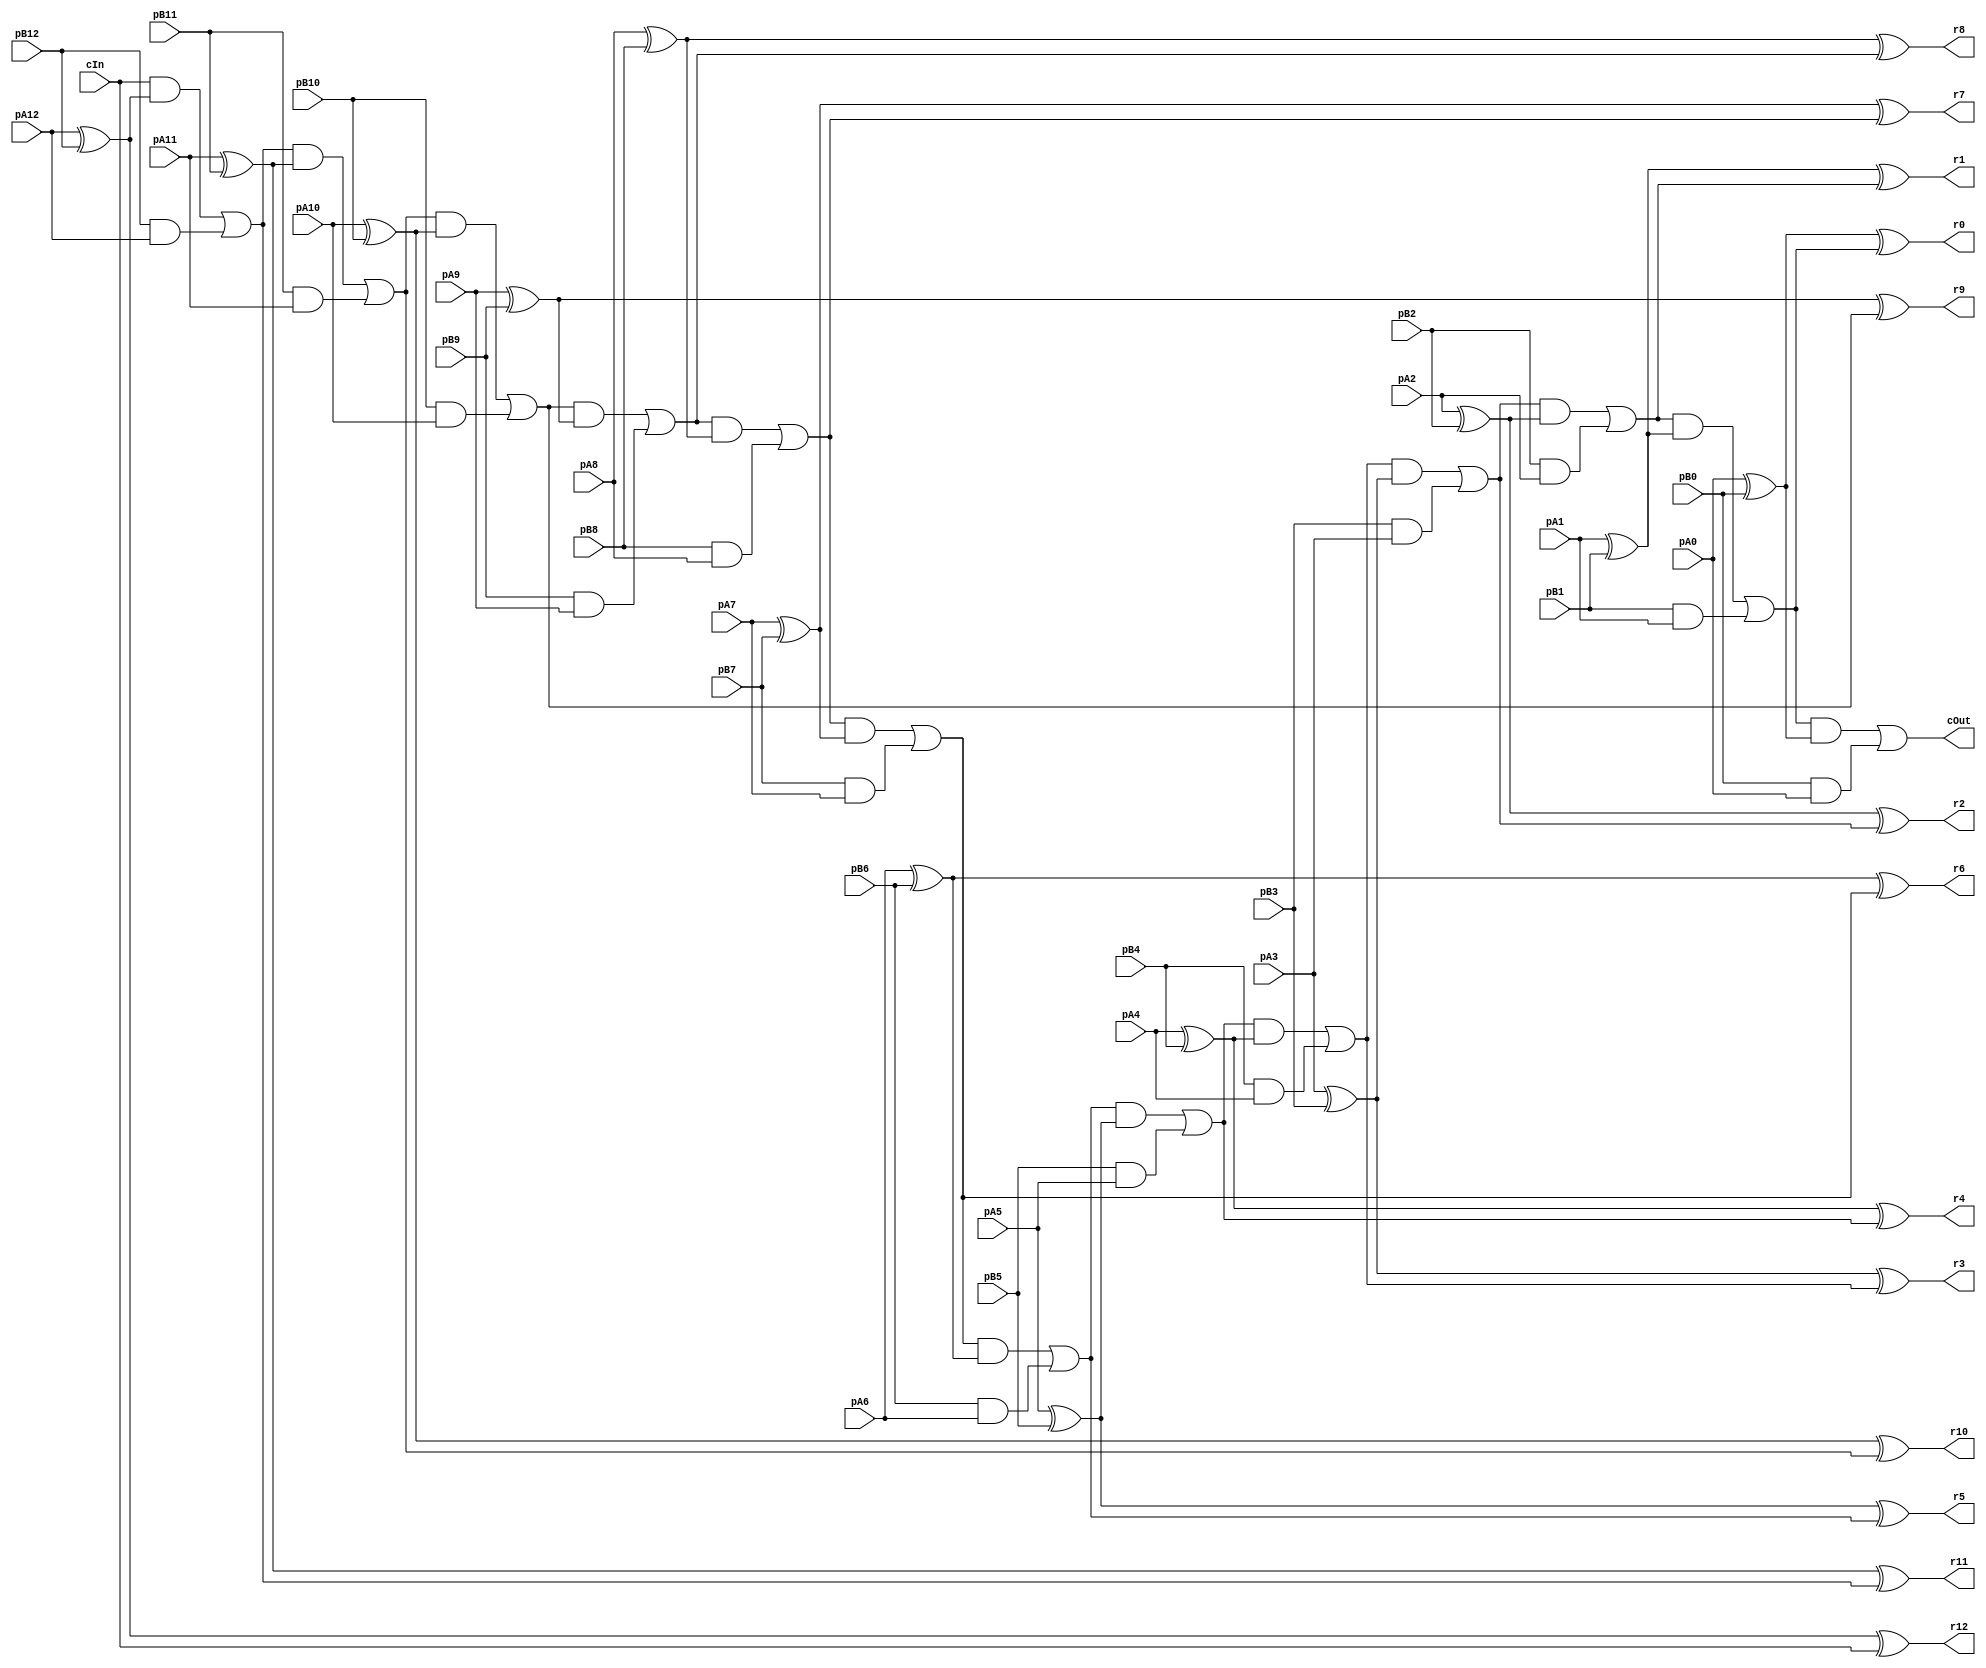
module CRippleCarryAdder_13_13_13_InOutT(pA12,pA11,pA10,pA9,pA8,pA7,pA6,pA5,pA4,pA3,pA2,pA1,pA0, pB12,pB11,pB10,pB9,pB8,pB7,pB6,pB5,pB4,pB3,pB2,pB1,pB0, r12,r11,r10,r9,r8,r7,r6,r5,r4,r3,r2,r1,r0, cIn, cOut);

input pA12,pA11,pA10,pA9,pA8,pA7,pA6,pA5,pA4,pA3,pA2,pA1,pA0, pB12,pB11,pB10,pB9,pB8,pB7,pB6,pB5,pB4,pB3,pB2,pB1,pB0, cIn;
output r12,r11,r10,r9,r8,r7,r6,r5,r4,r3,r2,r1,r0, cOut;
wire w1, w2, w3, w4, w5, w6, w7, w8, w9, w10, w11, w12, w13, w14, w15, w16, w17, w18, w19, w20, w21, w22, w23, w24, w25, w26, w27, w28, w29, w30, w31, w32, w33, w34, w35, w36, w37, w38, w39, w40, w41, w42, w43, w44, w45, w46, w47, w48, w49, w50, w51, w52, w53, w54, w55, w56, w57, w58, w59, w60, w61, w62, w63, w64, w65, w66, w67, w68, w69, w70, w71, w72, w73, w74, w75, w76, w77, w78, w79, w80, w81, w82, w83, w84, w85, w86, w87, w88, w89, w90, w91, w92, w93;

assign w1 = pA12;
assign w2 = pA11;
assign w3 = pA10;
assign w4 = pA9;
assign w5 = pA8;
assign w6 = pA7;
assign w7 = pA6;
assign w8 = pA5;
assign w9 = pA4;
assign w10 = pA3;
assign w11 = pA2;
assign w12 = pA1;
assign w13 = pA0;
assign w14 = pB12;
assign w15 = pB11;
assign w16 = pB10;
assign w17 = pB9;
assign w18 = pB8;
assign w19 = pB7;
assign w20 = pB6;
assign w21 = pB5;
assign w22 = pB4;
assign w23 = pB3;
assign w24 = pB2;
assign w25 = pB1;
assign w26 = pB0;
assign r12 = w27;
assign r11 = w28;
assign r10 = w29;
assign r9 = w30;
assign r8 = w31;
assign r7 = w32;
assign r6 = w33;
assign r5 = w34;
assign r4 = w35;
assign r3 = w36;
assign r2 = w37;
assign r1 = w38;
assign r0 = w39;
assign w41 = cIn;
assign cOut = w40;

assign w44 = w1 ^ w14;
assign w27 = w44 ^ w41;
assign w45 = w41 & w44;
assign w46 = w14 & w1;
assign w43 = w45 | w46;
assign w48 = w2 ^ w15;
assign w28 = w48 ^ w43;
assign w49 = w43 & w48;
assign w50 = w15 & w2;
assign w47 = w49 | w50;
assign w52 = w3 ^ w16;
assign w29 = w52 ^ w47;
assign w53 = w47 & w52;
assign w54 = w16 & w3;
assign w51 = w53 | w54;
assign w56 = w4 ^ w17;
assign w30 = w56 ^ w51;
assign w57 = w51 & w56;
assign w58 = w17 & w4;
assign w55 = w57 | w58;
assign w60 = w5 ^ w18;
assign w31 = w60 ^ w55;
assign w61 = w55 & w60;
assign w62 = w18 & w5;
assign w59 = w61 | w62;
assign w64 = w6 ^ w19;
assign w32 = w64 ^ w59;
assign w65 = w59 & w64;
assign w66 = w19 & w6;
assign w63 = w65 | w66;
assign w68 = w7 ^ w20;
assign w33 = w68 ^ w63;
assign w69 = w63 & w68;
assign w70 = w20 & w7;
assign w67 = w69 | w70;
assign w72 = w8 ^ w21;
assign w34 = w72 ^ w67;
assign w73 = w67 & w72;
assign w74 = w21 & w8;
assign w71 = w73 | w74;
assign w76 = w9 ^ w22;
assign w35 = w76 ^ w71;
assign w77 = w71 & w76;
assign w78 = w22 & w9;
assign w75 = w77 | w78;
assign w80 = w10 ^ w23;
assign w36 = w80 ^ w75;
assign w81 = w75 & w80;
assign w82 = w23 & w10;
assign w79 = w81 | w82;
assign w84 = w11 ^ w24;
assign w37 = w84 ^ w79;
assign w85 = w79 & w84;
assign w86 = w24 & w11;
assign w83 = w85 | w86;
assign w88 = w12 ^ w25;
assign w38 = w88 ^ w83;
assign w89 = w83 & w88;
assign w90 = w25 & w12;
assign w87 = w89 | w90;
assign w91 = w13 ^ w26;
assign w39 = w91 ^ w87;
assign w92 = w87 & w91;
assign w93 = w26 & w13;
assign w40 = w92 | w93;

endmodule